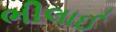
ભીલાઈ